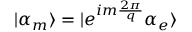
| \alpha _ { m } \rangle = | e ^ { i m \frac { 2 \pi } { q } } \alpha _ { e } \rangle